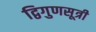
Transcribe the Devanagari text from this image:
द्विगुणसूत्री